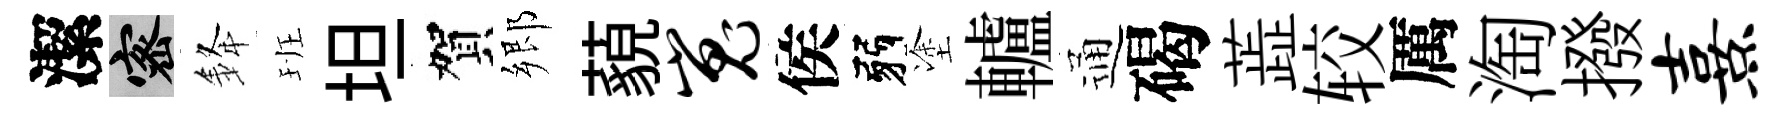
潔密𨦟班坦賀郷藐嵬侯弱塗轤通碣蕋较厲淘撥熹